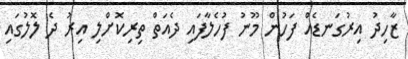
ޒާހިދު އިރުގަނޑެއް ފަހުން މޫނު ފުހެލާފައި ދެއަތް ތިރިކޮށްލި އިރު ދެ ލޮލުގައި